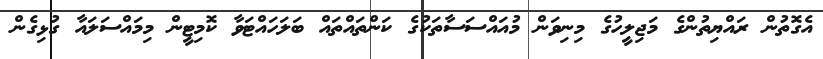
އެގޮތުން ރައްޔިތުންގެ މަޖިލީހުގެ މިނިވަން މުއައްސަސާތަކުގެ ކަންތައްތައް ބަލަހައްޓަވާ ކޮމިޓީން މިމައްސަލައާ ގުޅިގެން